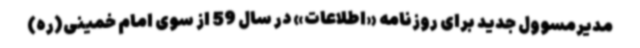
مدیرمسوول جدید برای روزنامه «اطلاعات» در سال 59 از سوی امام خمینی(ره)